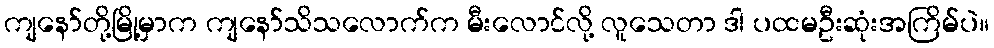
ကျနော်တို့မြို့မှာက ကျနော်သိသလောက်က မီးလောင်လို့ လူသေတာ ဒါ ပထမဦးဆုံးအကြိမ်ပဲ။